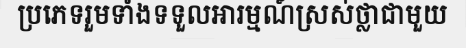
ប្រភេទរួមទាំងទទួលអារម្មណ៍ស្រស់ថ្លាជាមួយ